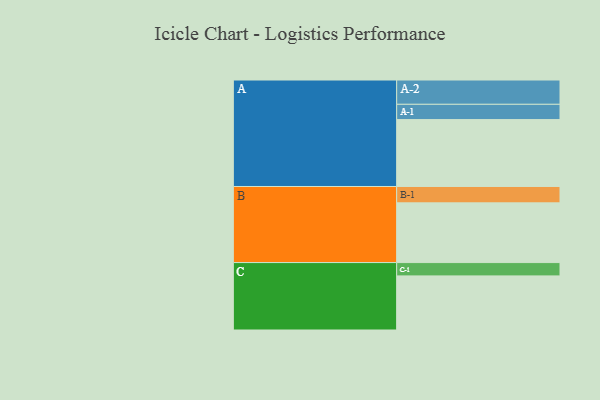
{"axis": {"x": "Segment", "y": "Value"}, "legend": ["", "A", "B", "C"], "data": [{"x": "A", "y": 548, "type": ""}, {"x": "B", "y": 489, "type": ""}, {"x": "C", "y": 443, "type": ""}, {"x": "A-1", "y": 125, "type": "A"}, {"x": "A-2", "y": 199, "type": "A"}, {"x": "B-1", "y": 134, "type": "B"}, {"x": "C-1", "y": 109, "type": "C"}]}